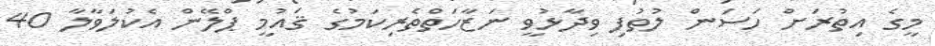
މީގެ އިތުރަށް ހަސަން ލުތުފި ވިދާޅުވީ ނަޒާހަތްތެރިކަމުގެ ޤައުމީ ޕްލޭން އެކުލަވާލާ 40